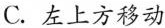
C.左上方移动